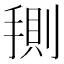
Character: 𭡤